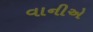
વાનીએ